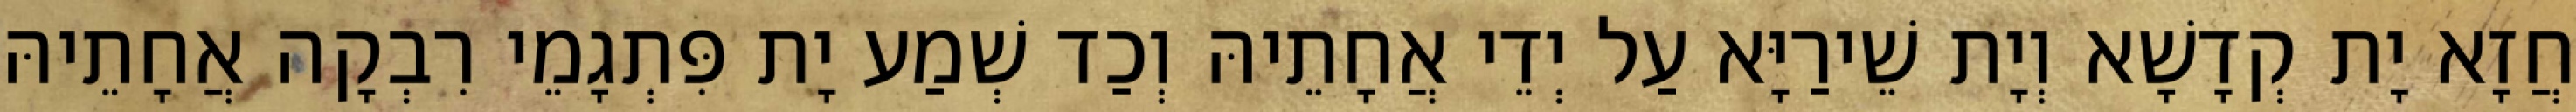
חֲזָא יָת קְדָשָׁא וְיָת שֵׁירַיָּא עַל יְדֵי אֲחָתֵיהּ וְכַד שְׁמַע יָת פִּתְגָמֵי רִבְקָה אֲחָתֵיהּ